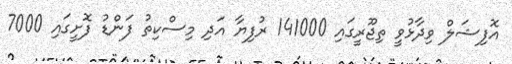
އޮފިޝަލް ވިދާޅުވީ ތިޖޫރީގައި 141000 ރުފިޔާ އަދި މިސްކިތު ފަންޑު ފޮށީގައި 7000